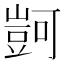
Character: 𧯶